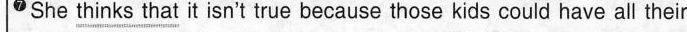
7 She \underline{thinks that} it isn't true because those kids could have all their